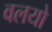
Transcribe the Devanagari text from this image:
वलयो